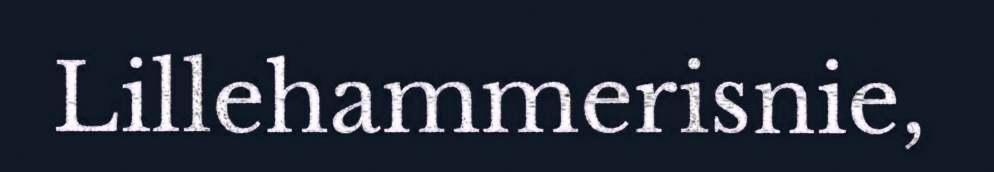
Lillehammerisnie,